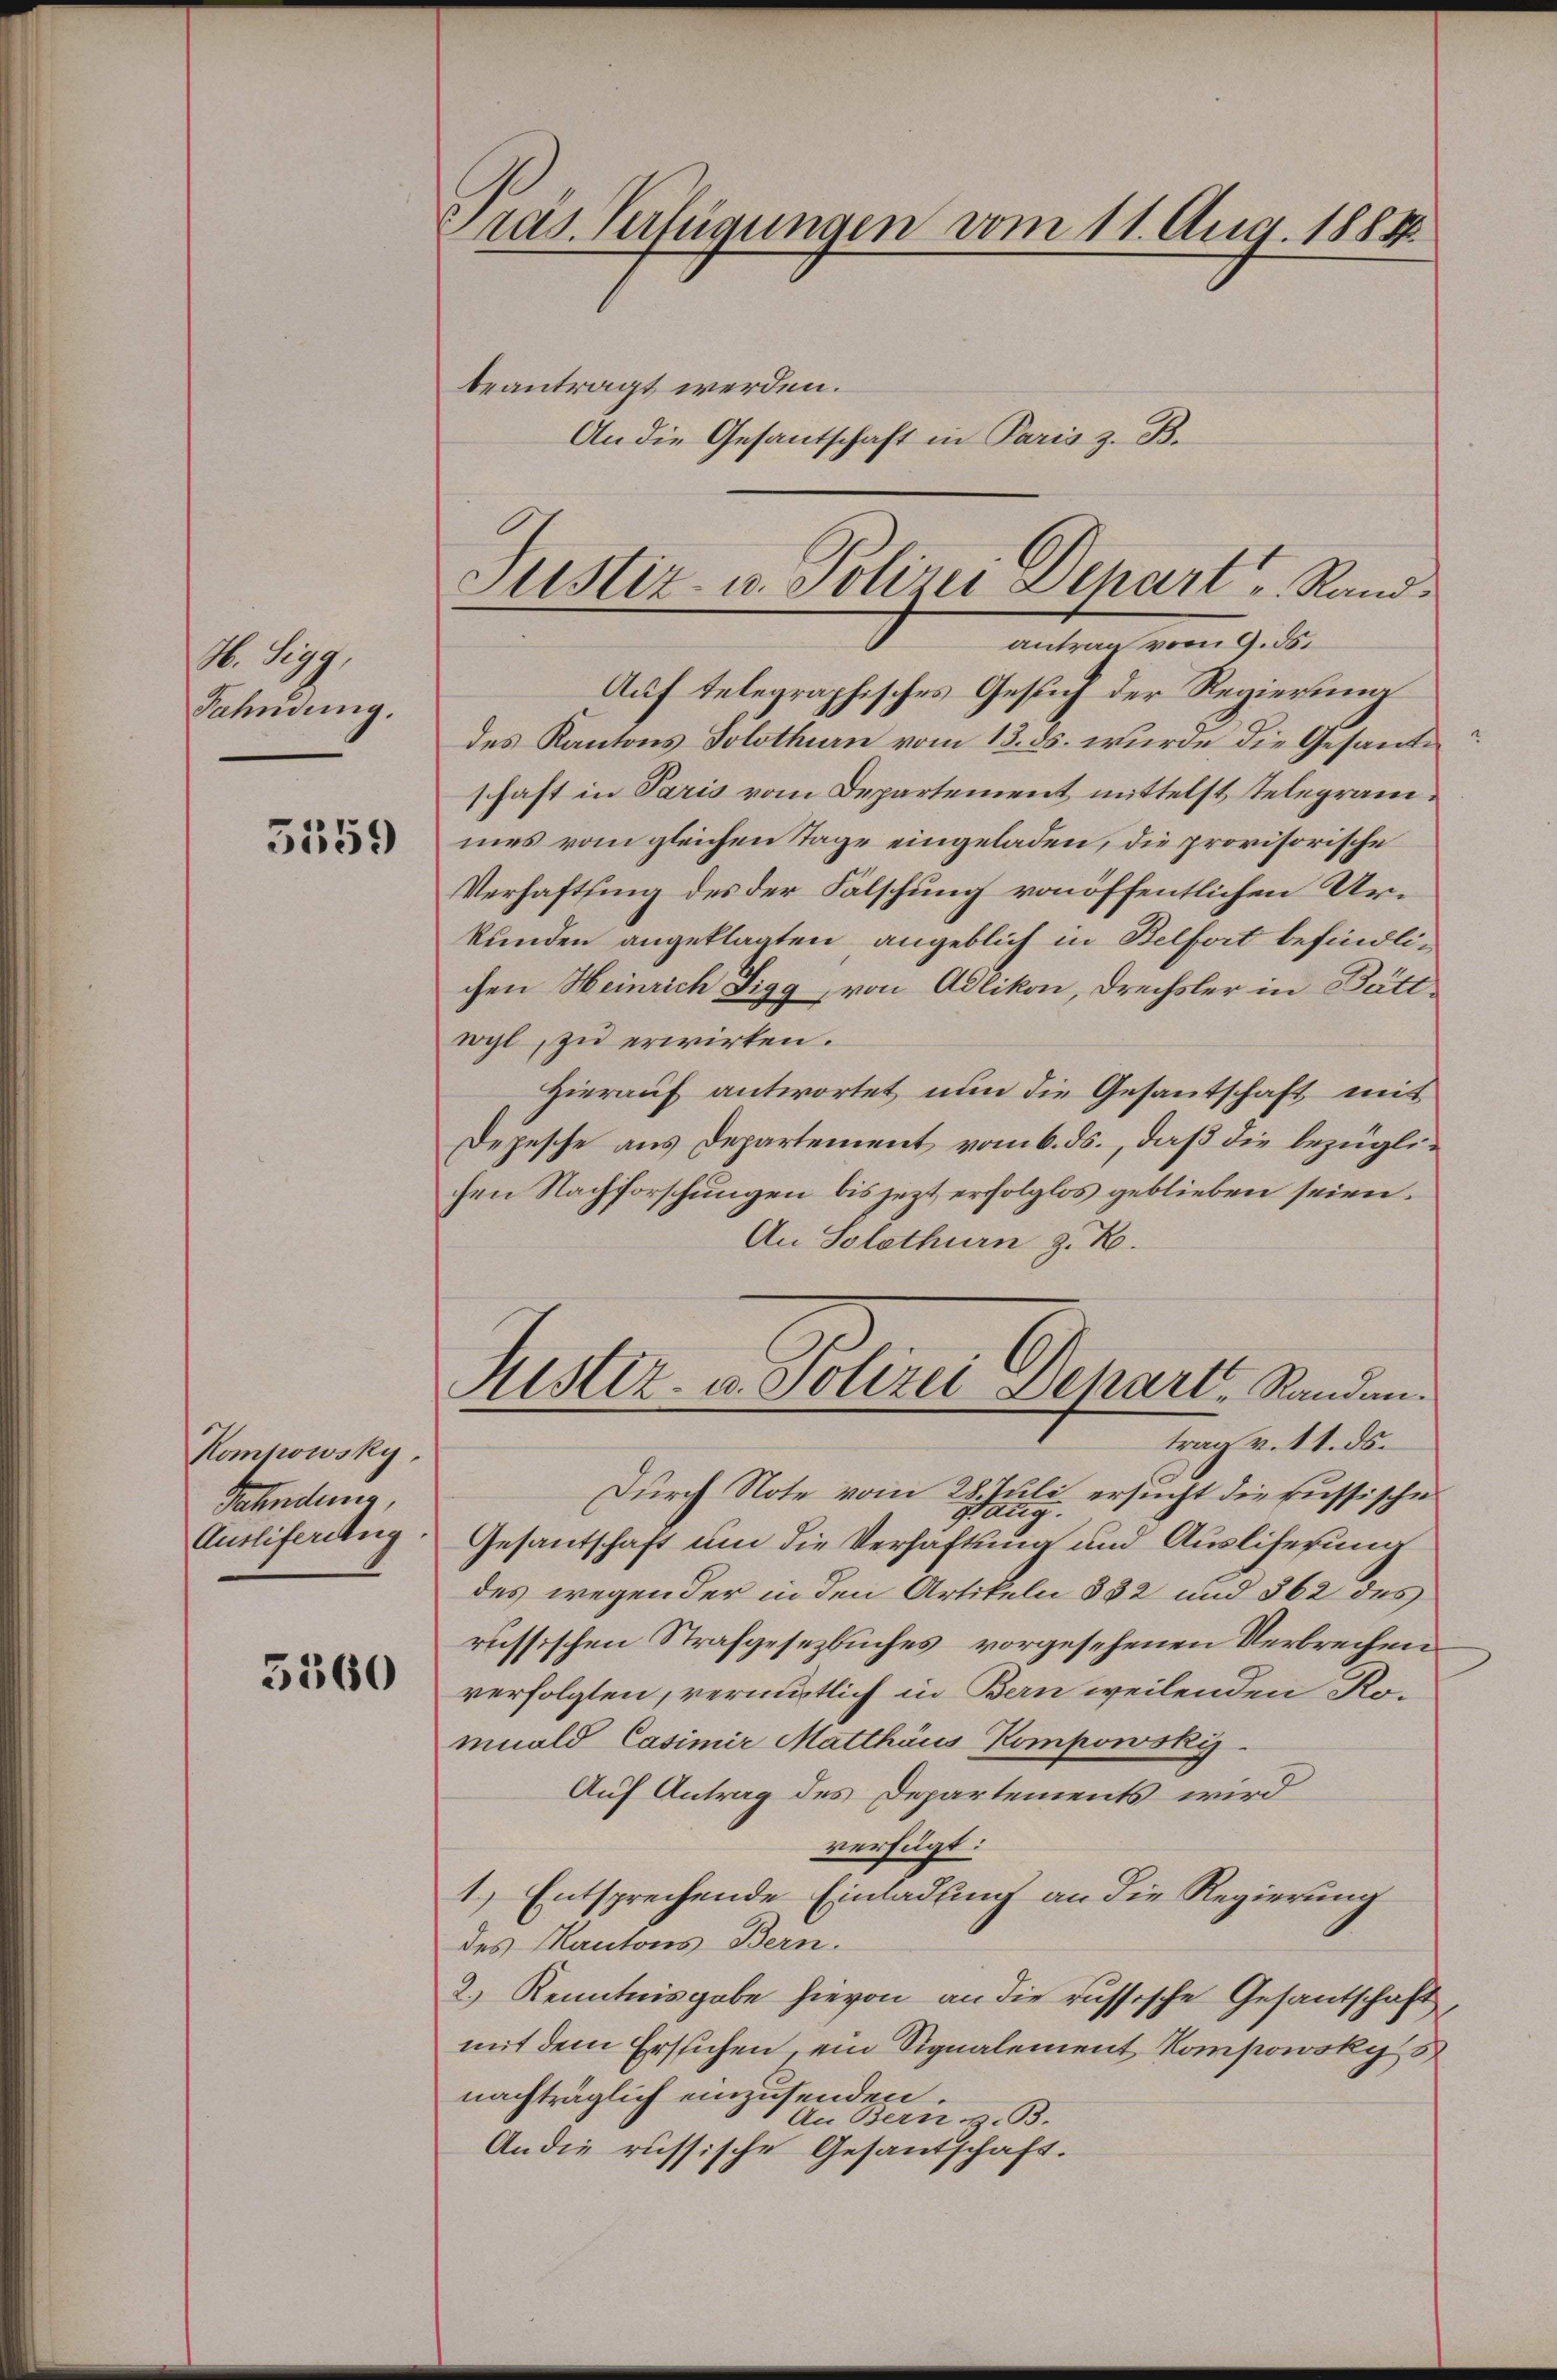
M. Eing
Fahndung.

5559

Komhowsky,
Fahndener,
Ausliefering

5360

ras. Verfügungen vom 11. Aug. 1888.

beantragt werden.
An die Gesantschaft in Paris z. B.

Auf telegraphisches Gesuch der Regierung
des Kantons Solothurn vom 13. ds. wurde die Gesande
schaft in Paris vom Departement mittelst Telegrammes vom gleichen Tage eingeladen, die provisorische
Verhaftsing des der Falschung von öffentlichen Urkunden angeklagten angeblich in Belfort befindlichen Heinrich Digg von Adlikon, Drechsler in Bättwyl, zu erwirken.
Hierauf antwortet nun die Gesandschaft mit
Depesche aus Departement vom 6. ds., daß die bezüglihen Nachforschungen bis jezt erfolglos geblieben seien.
An Solothurn z. B.
Durch Note vom 28. Juli ersucht die russische
ang.
9.
Gesantschaft um die Verhaftung und Ausliferung
des wegen der in den Artikeln § 32 und 362 des
russischen Strafgesezbuches vorgesehenen Verbrechen
verfolgten, vermutlich in Bern weilenden Romuald Casimir Matthäus Kompowski
Auf Antrag des Departements wird
verfügt:
1.) Entsprechende Einladung an die Regierung
des Kantons-Bern.
2.) Kenntnisgabe hievon an die russische Gesantschaft
mit dem Ersuchen, ein Signalement Kompowsky s
nachträglich einzusenden.
An Bern z. B.
An die russische Gesandschaft.

Justiz- u. Polizei Dehart Rand.
antrag vom 9.3.

Justiz- u. Polizei Depart, Randen.
trag v. 11. ds.